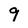
Character: 9